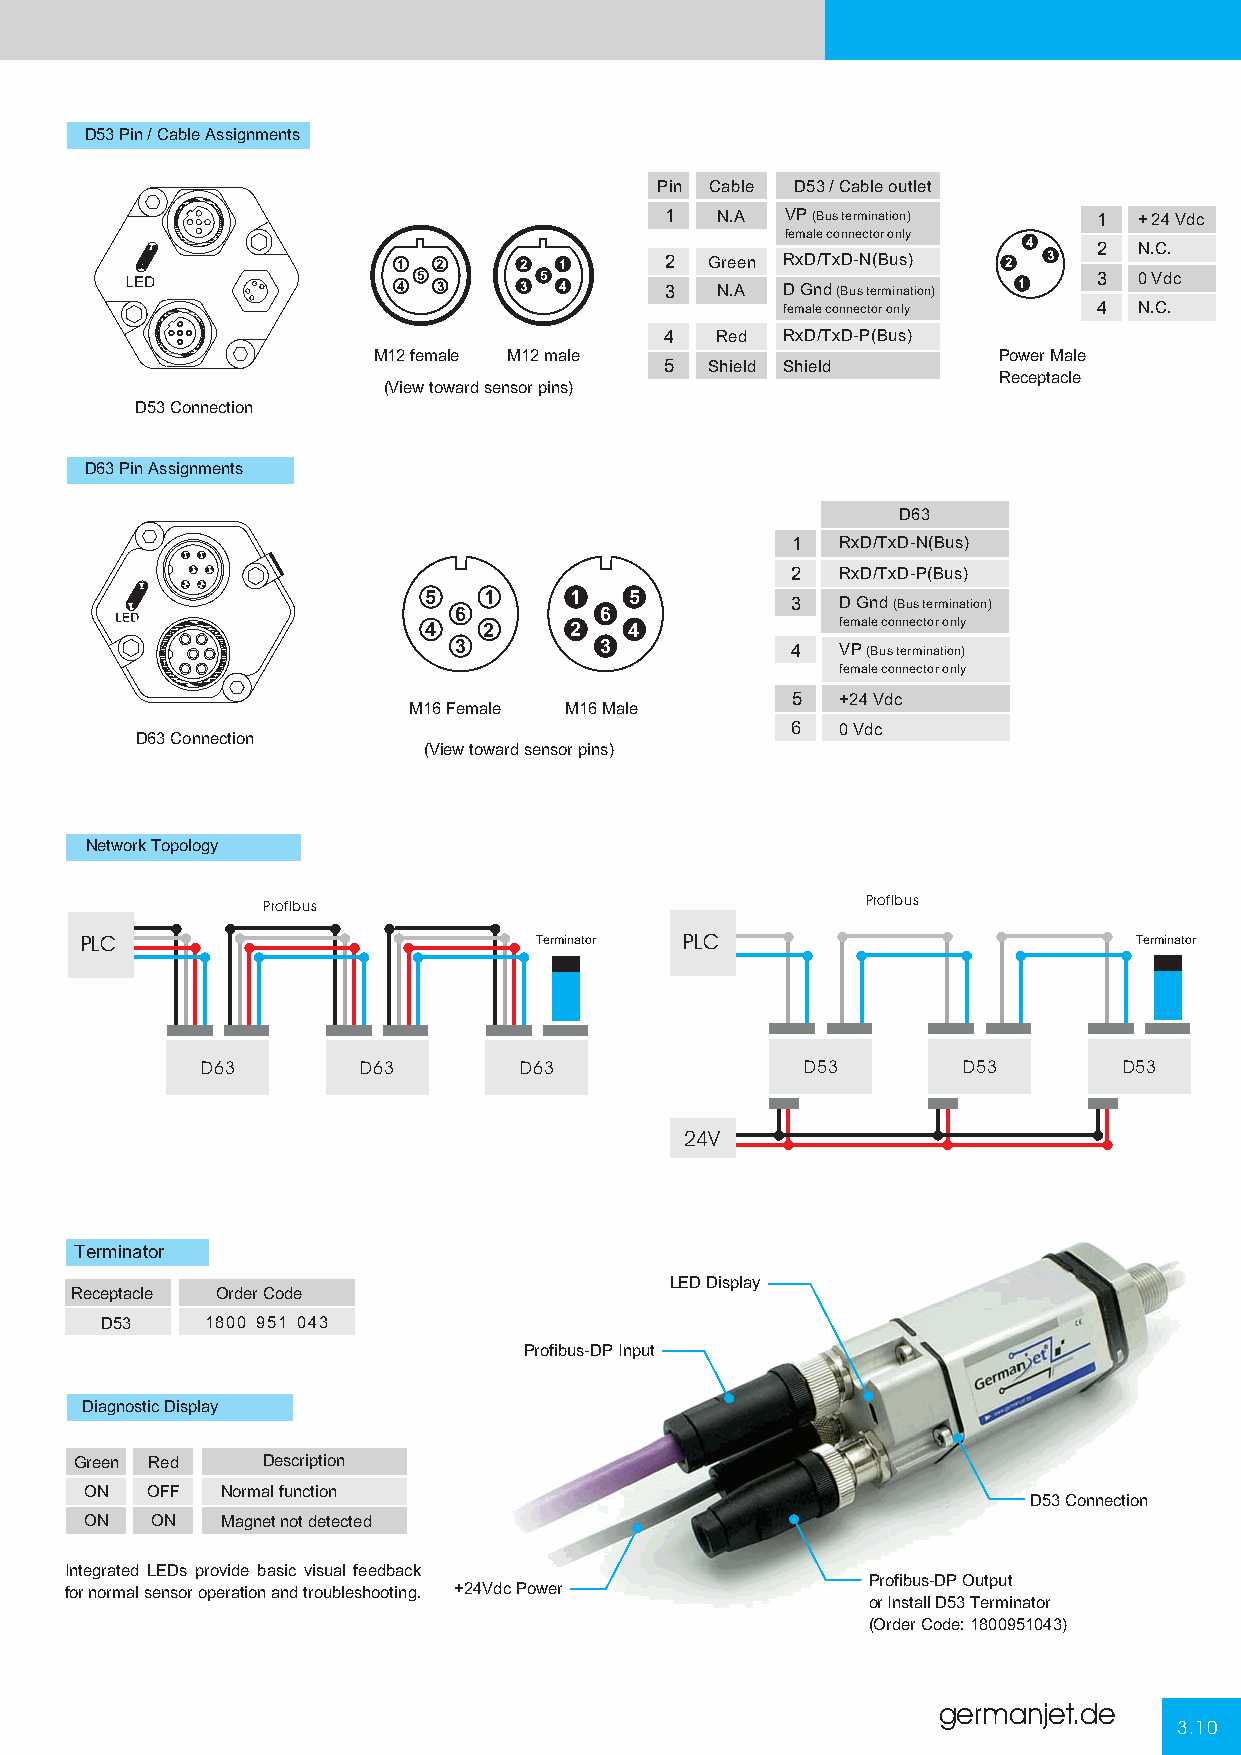
D53 Pin / Cable Assignments
 Pin Cable D53 / Cable outlet
 1  N.A  VP(Bus termination)  1 + 24 Vdc
 female connector only 4
 1  2    2  1      2  Green RxD/TxD-N(Bus) 2 3  2 N.C.
 4 5 3   3 5 4     3  N.A  D Gnd(Bus termination) 1 3 0 Vdc
 female connector only 4 N.C.
 4  Red  RxD/TxD-P(Bus)
 M12 female M12 male                      Power Male
 5  Shield Shield
 Receptacle
 (View toward sensor pins)
 D53 Connection
 D63 Pin Assignments
 D63
 1   RxD/TxD-N(Bus)
 2   RxD/TxD-P(Bus)
 5   1     1   5
 6         6           3   D Gnd(Bus termination)
 4   2     2   4             female connector only
 3         3
 4   VP(Bus termination)
 female connector only
 5   +24 Vdc
 M16 Female M16 Male
 6   0 Vdc
 D63 Connection
 (View toward sensor pins)
 Network Topology
 Profibus                                Profibus
 PLC                           Terminator PLC                          Terminator
 D63        D63       D63                D53        D53       D53
 24V
 Terminator
 LED Display
 Receptacle Order Code
 D53    1800 951 043
 Profibus-DP Input
 Diagnostic Display
 Green Red   Description
 ON  OFF  Normal function
 D53 Connection
 ON  ON   Magnet not detected
 Integrated LEDs provide basic visual feedback
 Profibus-DP Output
 for normal sensor operation and troubleshooting. +24Vdc Power
 or Install D53 Terminator
 (Order Code: 1800951043)
 germanjet.de
 3.10